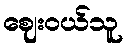
ဈေးဝယ်သူ